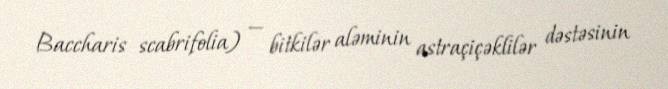
Baccharis scabrifolia) — bitkilər aləminin astraçiçəklilər dəstəsinin